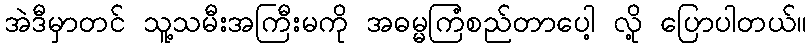
အဲဒီမှာတင် သူ့သမီးအကြီးမကို အဓမ္မကြံစည်တာပေါ့ လို့ ပြောပါတယ်။